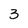
Character: 3